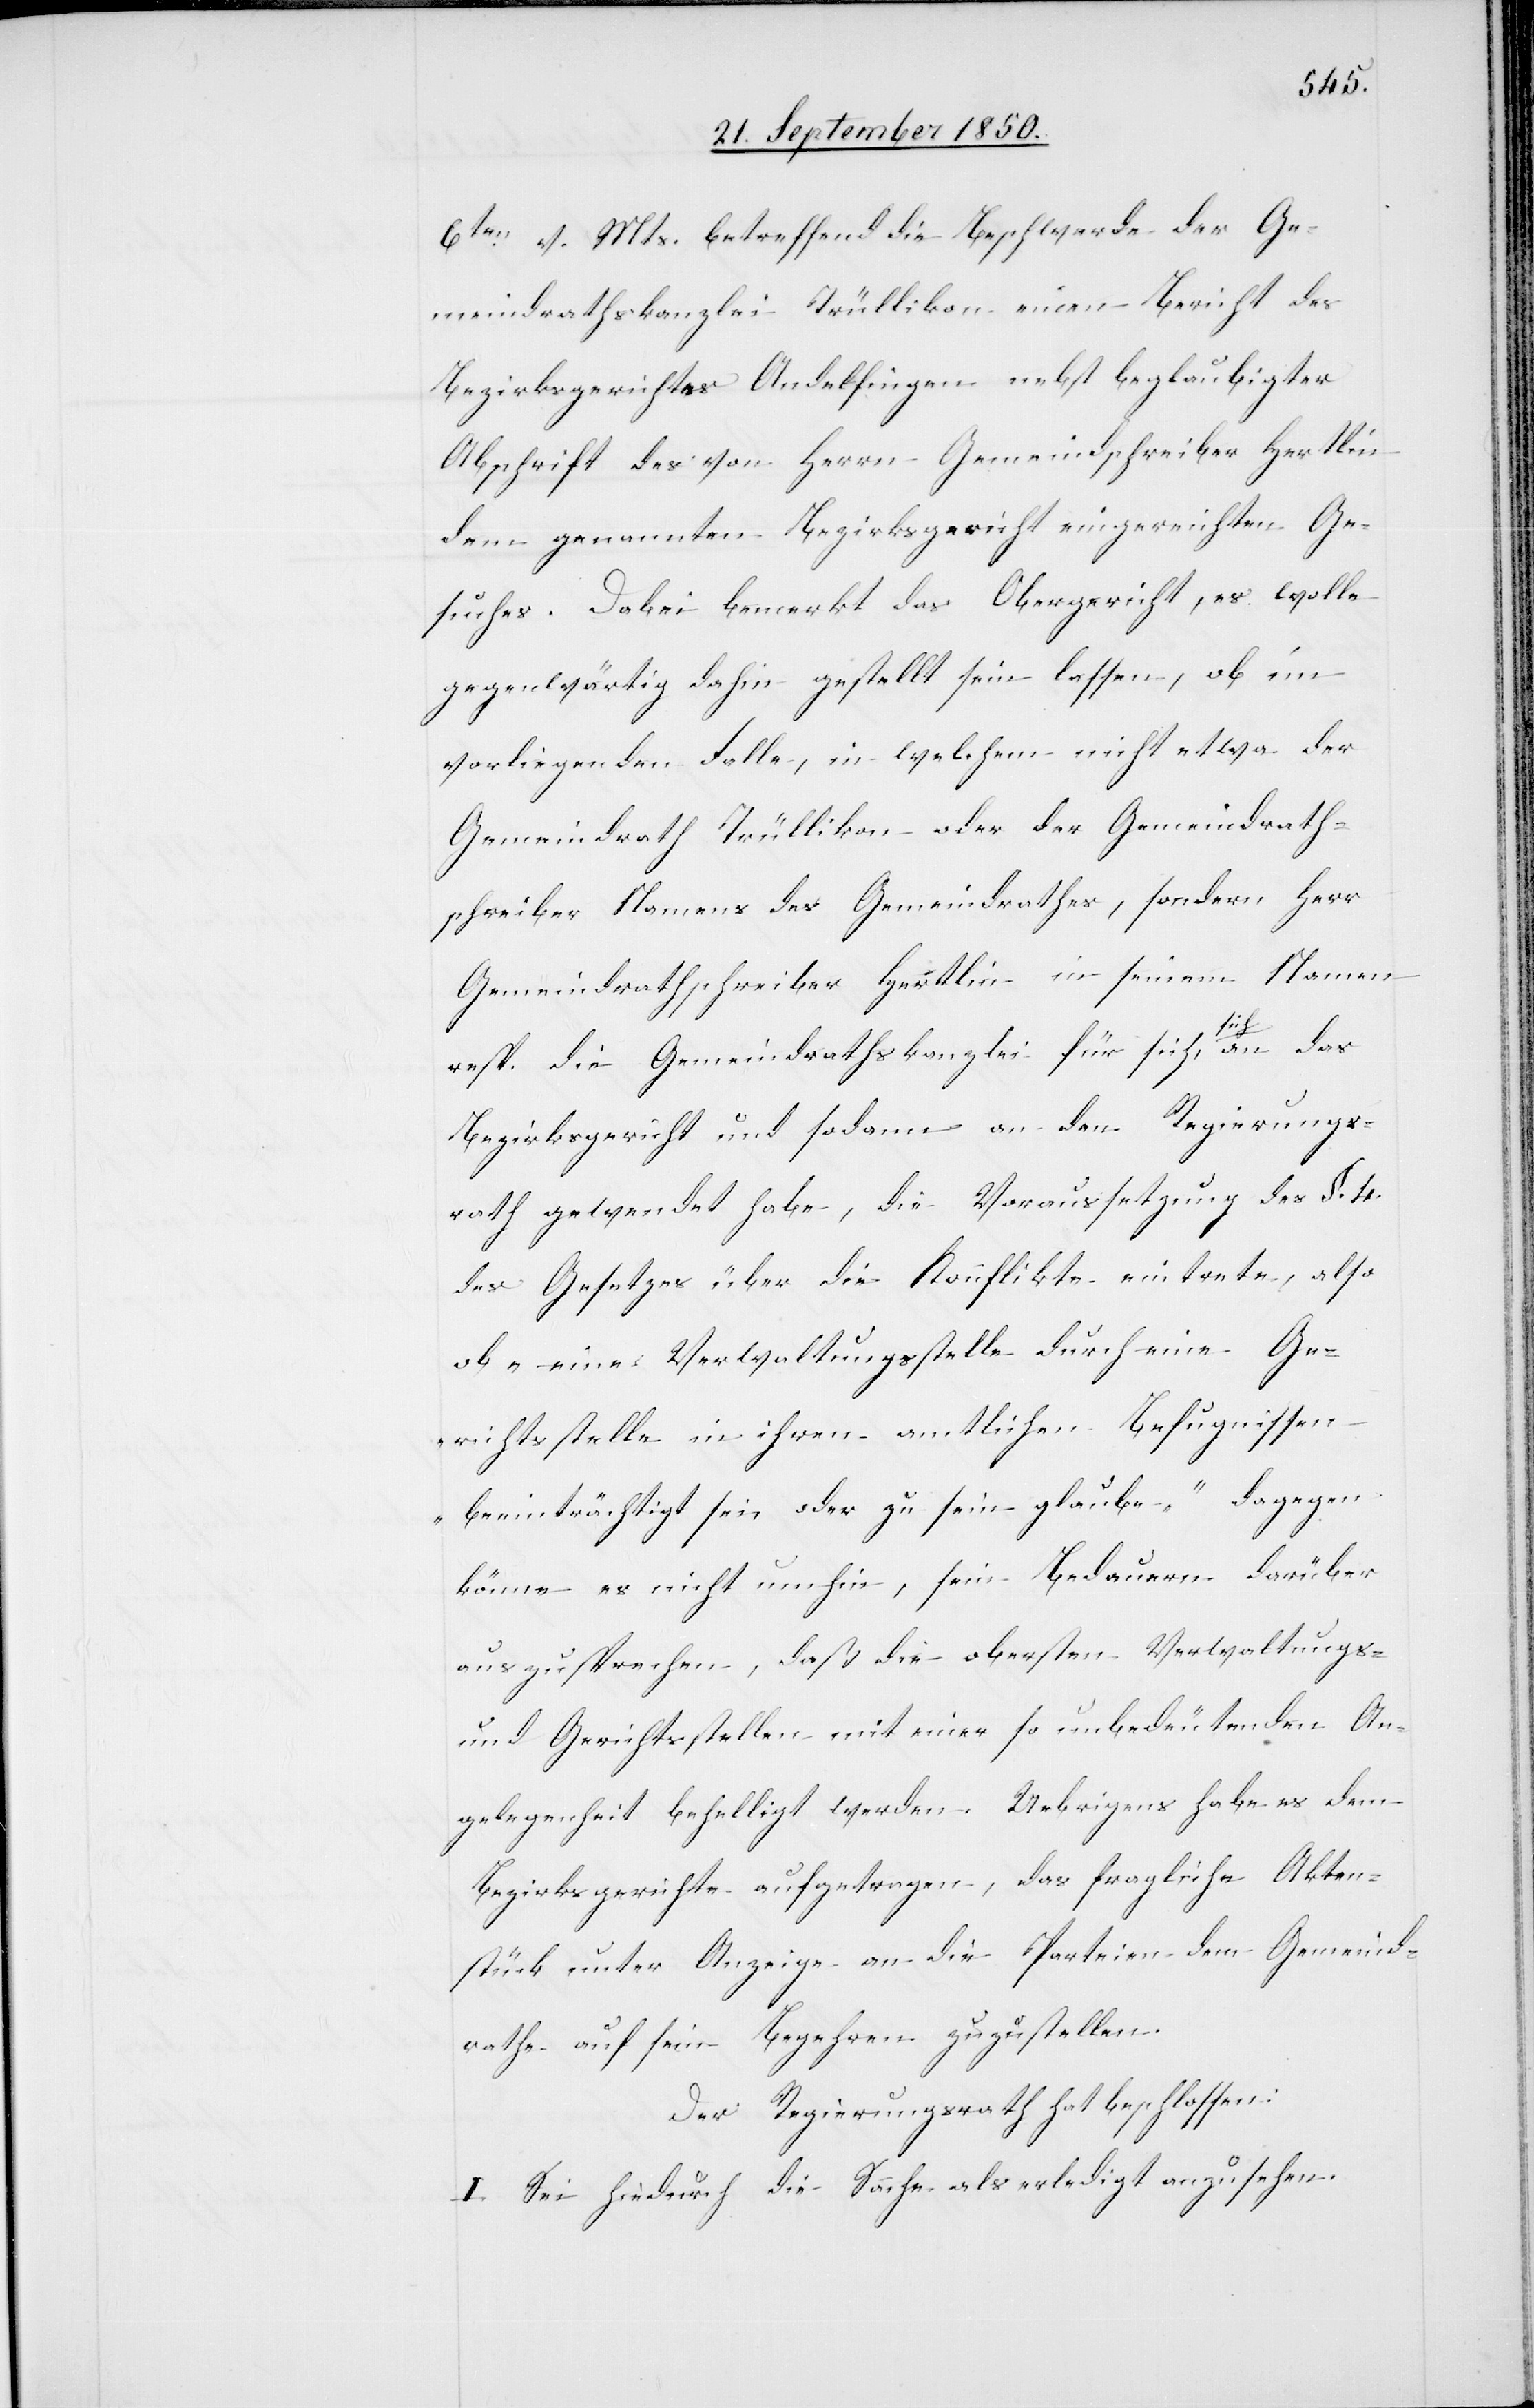
6ten v. Mts. betreffend die Beschwerde der Ge¬
meindrathskanzlei Trüllikon einen Bericht des
Bezirksgerichtes Andelfingen nebst beglaubigter
Abschrift des von Herrn Gemeindschreiber Hertlin
dem genannten Bezirksgericht eingereichten Ge¬
suches. Dabei bemerkt das Obergericht, es wolle
gegenwärtig dahin gestellt sein lassen, ob im
vorliegenden Falle, in welchem nicht etwa der
Gemeindrath Trüllikon oder der Gemeindrath¬
schreiber Namens des Gemeindrathes, sondern Herr
Gemeindrathschreiber Hertlin in seinem Namen
resp. die Gemeindrathskanzlei für sich, sich an das
Bezirksgericht und sodann an den Regierungs¬
rath gewendet habe, die Voraussetzung des §. 4.
des Gesetzes über die Konflikte eintrete, also
ob „eine Verwaltungsstelle durch eine Ge¬
richtsstelle in ihren amtlichen Befugnissen
beeinträchtigt sei, oder zu sein glaube.“ Dagegen
könne es nicht umhin, sein Bedauern darüber
auszusprechen, daß die obersten Verwaltungs-
und Gerichtsstellen mit einer so unbedeutenden An¬
gelegenheit behelligt werden. Uebrigens habe es dem
Bezirksgerichte aufgetragen, das fragliche Akten¬
stück unter Anzeige an die Parteien dem Gemeind¬
rathe auf sein Begehren zuzustellen.
Der Regierungsrath hat beschlossen:
I. Sei hiedurch die Sache als erledigt anzusehen.